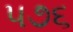
૫૭૬